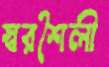
স্বরশৈলী